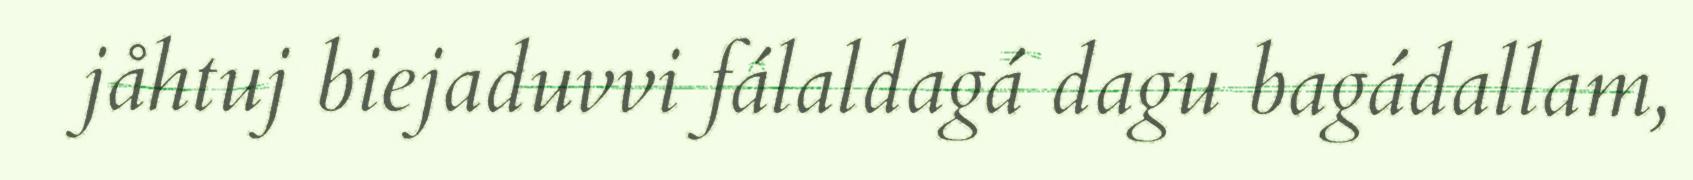
jåhtuj biejaduvvi fálaldagá dagu bagádallam,